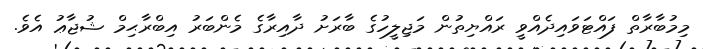
މިމުބާރާތް ފައްޓަވައިދެއްވީ ރައްޔިތުން މަޖިލީހުގެ ބާރަށު ދާއިރާގެ މެންބަރު އިބްރާޙިމް ޝުޖާޢު އެވެ.